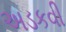
અડકવી